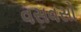
વસવસો